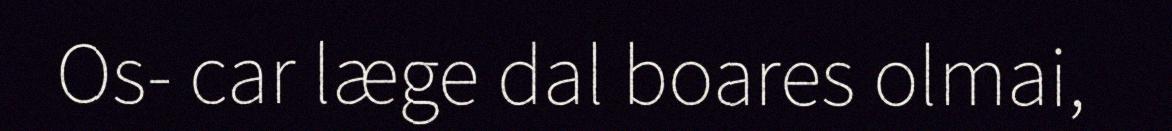
Os- car læge dal boares olmai,